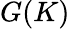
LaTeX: G(K)